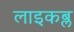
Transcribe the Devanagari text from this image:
लाइकब्ल